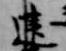
建